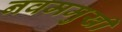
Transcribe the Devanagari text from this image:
नवममुखी